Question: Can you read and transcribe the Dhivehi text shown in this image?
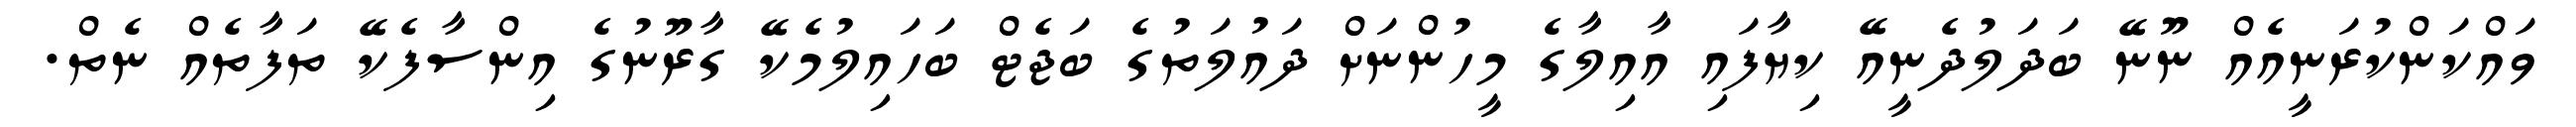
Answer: ވައްކަންކުރަނީއެއް ނޫނޭ ބަދަލުދެނީއޭ ކިޔާފައި އާއިލާގެ މީހުންނަށް ދައުލަތުގެ ބަޖެޓް ބަހައިލުމެކޭ ގާރޫނުގެ އިންސާފެކޭ ތަފާތެއް ނެތް.